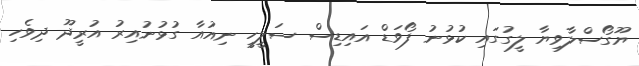
ޔޫގޯސްލާވިޔާ ލީގުގައި ކުޅުނު ފޯވަޑް އައިޑިސް ސަލީހީ ނިއުއާ ގުޅުނުއިރު އުރީދޫ ދިވެހި